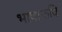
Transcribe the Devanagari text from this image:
भाषाकवि